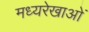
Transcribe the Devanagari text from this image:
मध्यरेखाओं